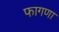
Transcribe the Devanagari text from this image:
फागणा